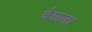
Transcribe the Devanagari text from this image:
वैद्याला